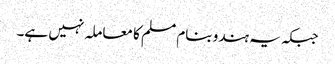
جبکہ یہ ہندو بنام مسلم کا معاملہ نہیں ہے۔